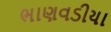
ભાણવડીયા